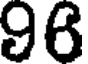
96